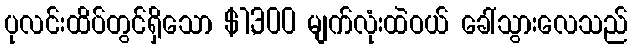
ပုလင်းထိပ်တွင်ရှိသော $1,300 မျက်လုံးထဲဝယ် ခေါ်သွားလေသည်